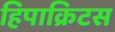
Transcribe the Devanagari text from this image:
हिपाक्रिटस